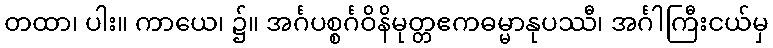
တထာ၊ ပါး။ ကာယေ၊ ၌။ အင်္ဂပစ္စင်္ဂဝိနိမုတ္တဧကဓမ္မာနုပဿီ၊ အင်္ဂါကြီးငယ်မှ